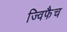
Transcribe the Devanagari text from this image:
ज्विफैच